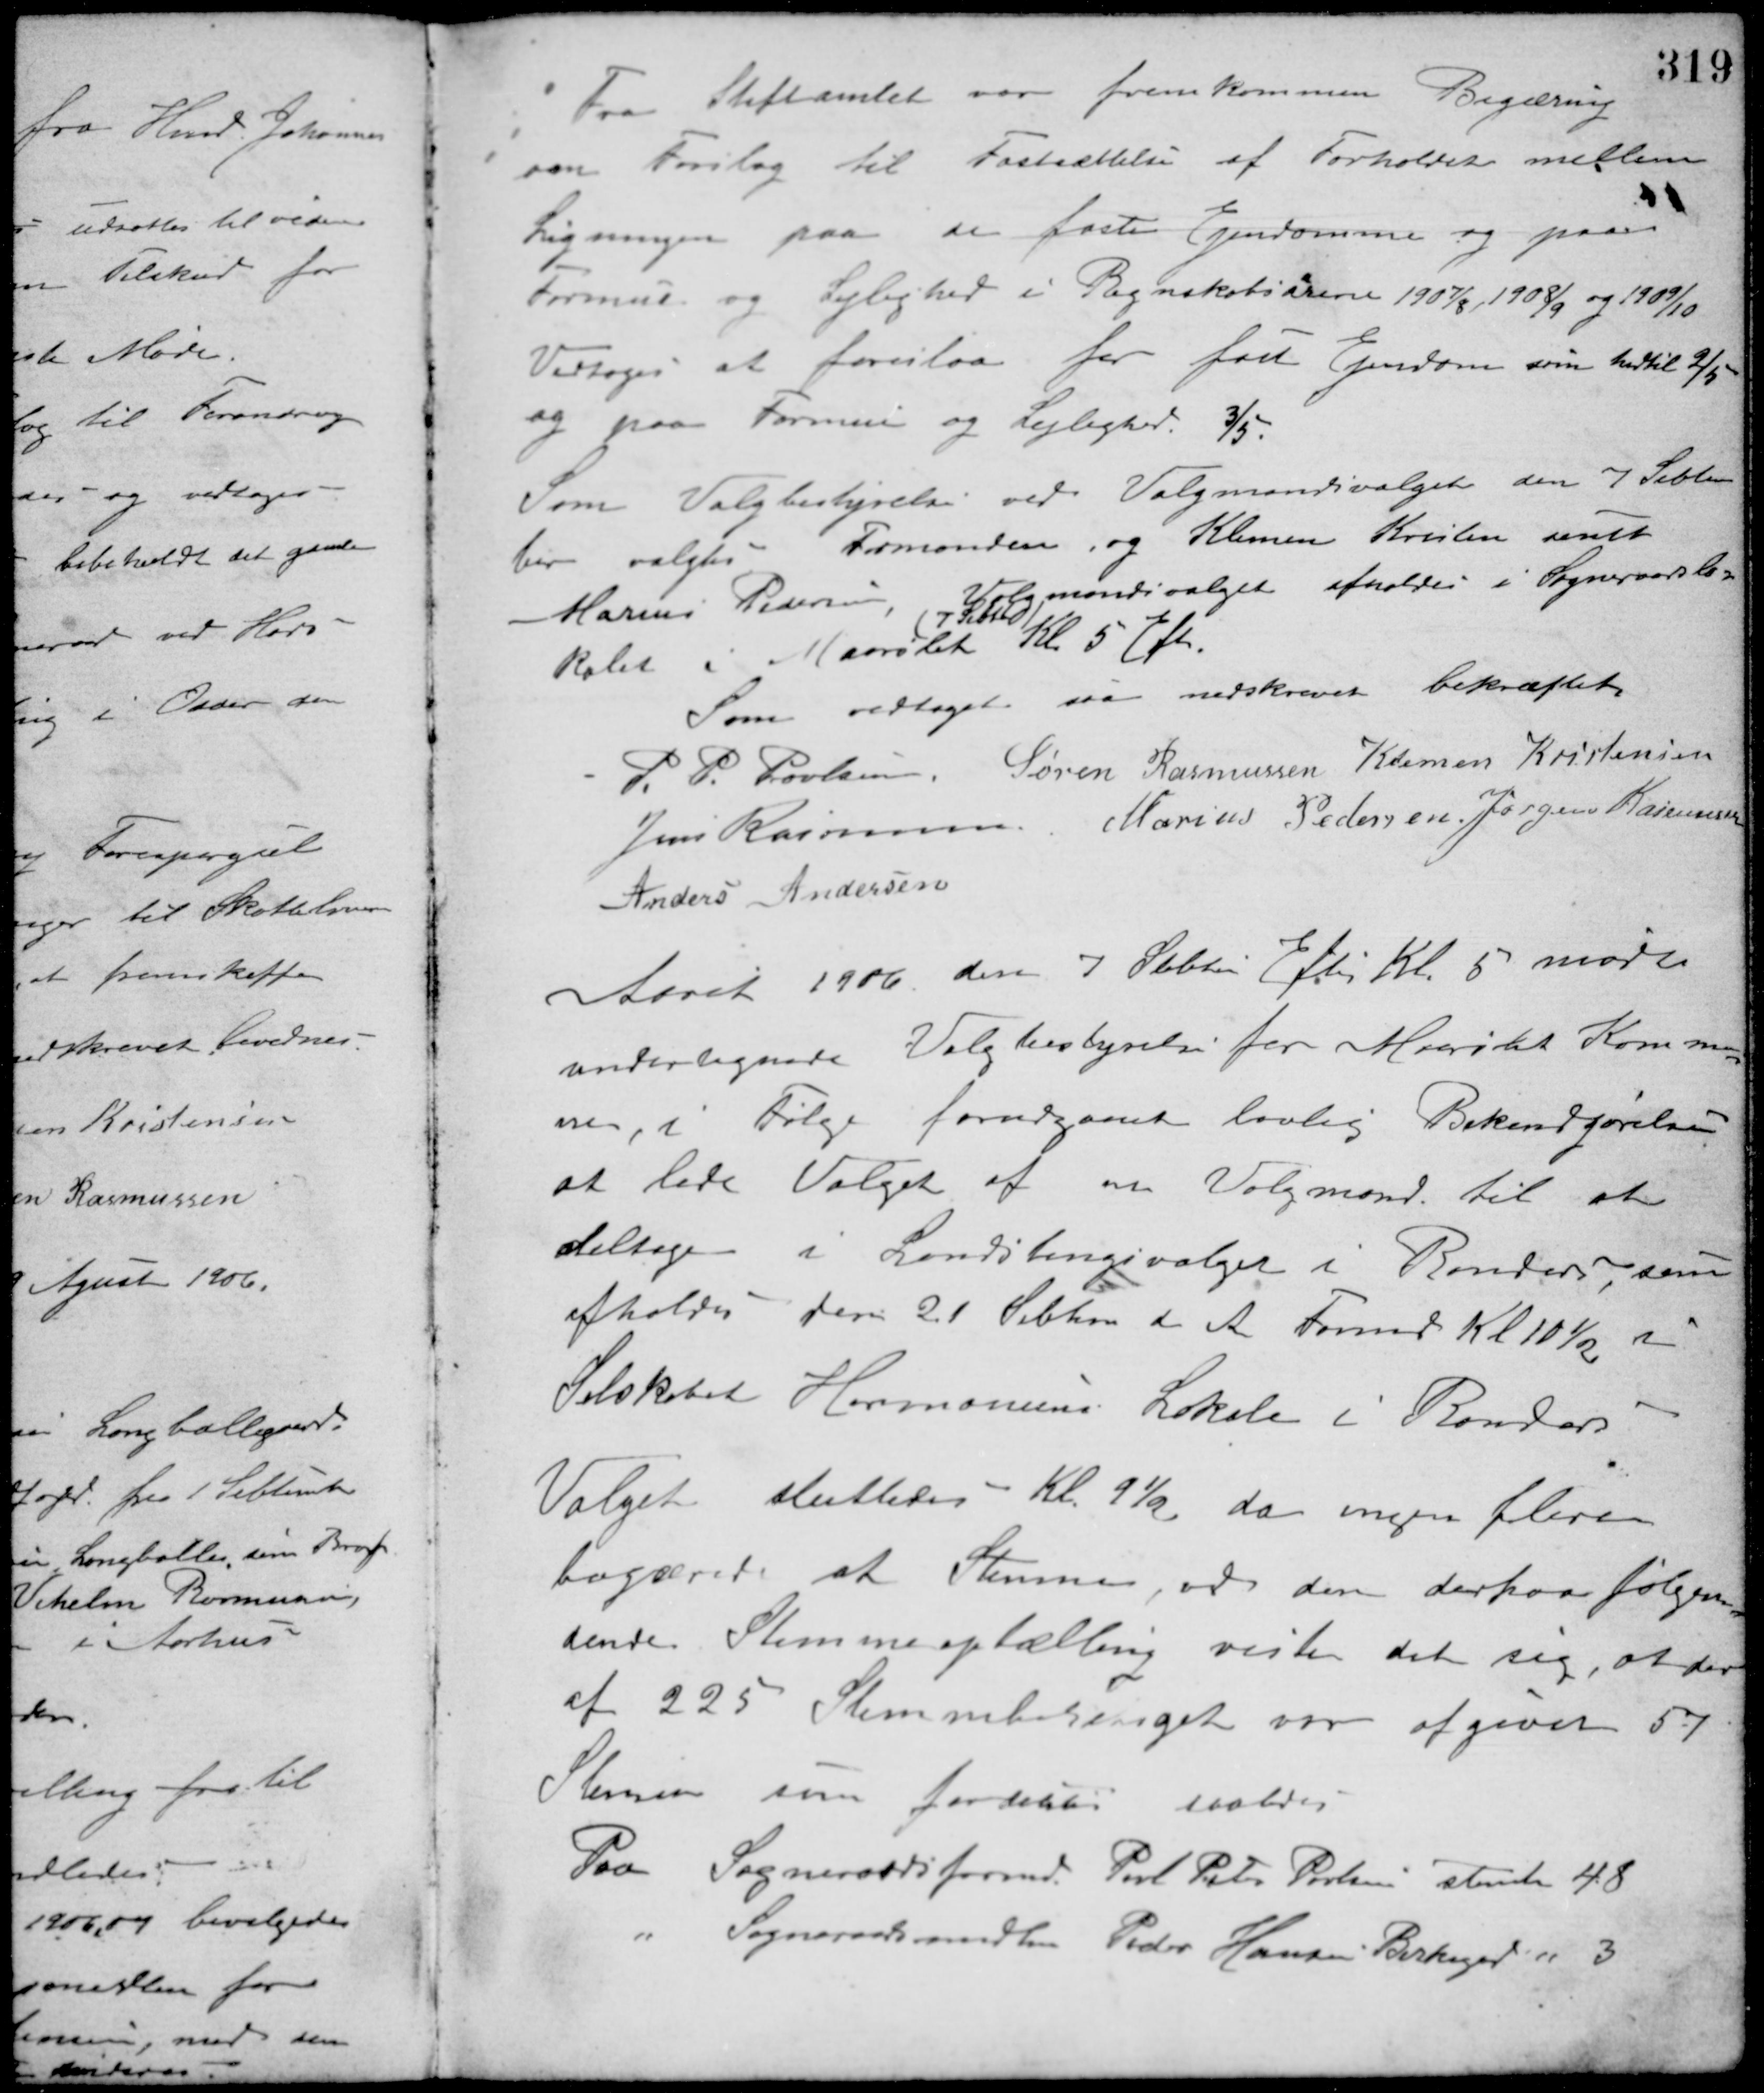
Transskription:
Fra Stiftamtet var fremkommen Begæring
om Forslag til Fastsættelse af Forholdet mellem
Ligningen paa de faste Ejendomme og paa
Formue og Lejlighed i Regnskabsaarerne 1907/8 1908/9 og 1909/10.
Vedtoges at foreslaa for fast Ejendom som hidtil 2/5
og paa Formue og Lejlighed. 3/5.
Som Valgbestyrelse ved Valgmandsvalget den 7 Septem-
ber valgtes Formanden og Klemen Kristensen samt
Marius Pedersen, Valgmandsvalget afholdes i Sogneraadslo-
kalet i Maarslet
(7 Sebtbd)
Kl. 5 Eft.
Som vedtaget saa nedskrevet bekræftet
P. P. Poulsen Søren Rasmussen Klemen Kristensen
Jens Rasmussen Marius Pedersen Jørgen Rasmussen
Anders Andersen
Aaret 1906 den 7 Sebtm Eft. Kl. 5 mødte
undertegnede Valgbestyrelse for Maarslet Kommu-
ne, i Følge forudgaaende lovlig Bekendtgørelse
at lade Valget af en Valgmand til at
deltage i Landstingsvalget i Randers, som
afholdes den 21 Sebtm d. A. Formd. Kl 10½ i
Selskabet Harmoniens Lokale i Randers.
Valget sluttedes Kl. 9½ da ingen flere
begærede at Stemme, ved den derpaa følgen-
dende Stemmeoptælling viste det sig, at der
af 225 Stemmberettiget var afgivet 57
Stemmer som fordeltes saaledes
Paa Sogneraadsformd. Poul Peter Poulsen stemte 48
" Sogneraadsmedlem Peder Hansen Birkegaard " 3